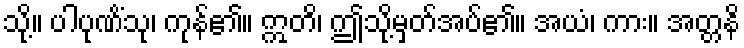
သို့။ ပါပုဏိံသု၊ ကုန်၏။ ဣတိ၊ ဤသို့မှတ်အပ်၏။ အယံ၊ ကား။ အတ္တနိ